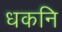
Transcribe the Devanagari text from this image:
धकनि